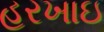
હરખાઇ